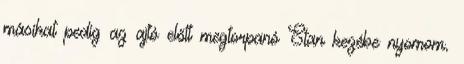
másikat pedig az ajtó előtt megtorpanó Stan kezébe nyomom.